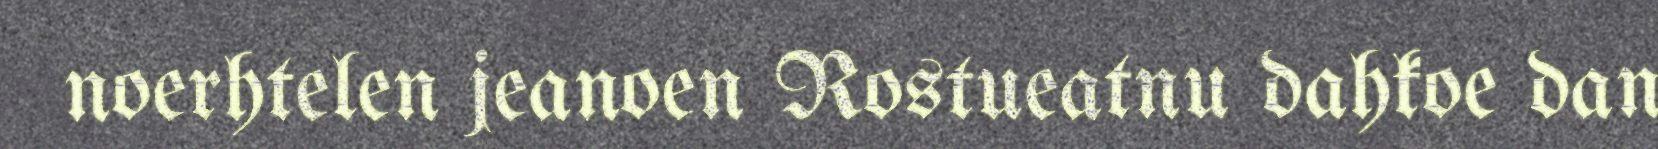
noerhtelen jeanoen Rostueatnu dahkoe dan